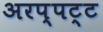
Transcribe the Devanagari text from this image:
अरप्पट्ट